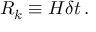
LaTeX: { \cal R } _ { k } \equiv H \delta t \, .